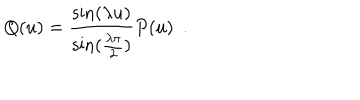
Q ( u ) = \frac { \sin ( \lambda u ) } { \sin ( \frac { \lambda \pi } { 2 } ) } P ( u ) \, \, \, .